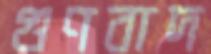
গুণবাদ